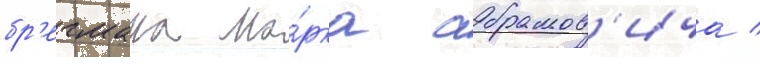
бр'егмана ма́рка абрамов'ича /